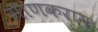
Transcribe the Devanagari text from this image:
माणकराम